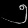
Digit: ၅